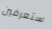
ستعرفين